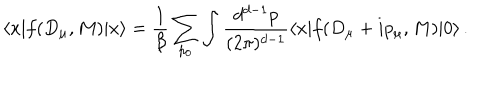
LaTeX: \langle x | f ( D _ { \mu } , M ) | x \rangle = \frac { 1 } { \beta } \sum _ { p _ { 0 } } \int \frac { d ^ { d - 1 } p } { ( 2 \pi ) ^ { d - 1 } } \langle x | f ( D _ { \mu } + i p _ { \mu } , M ) | 0 \rangle \, .